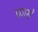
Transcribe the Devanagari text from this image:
फ्रासँ